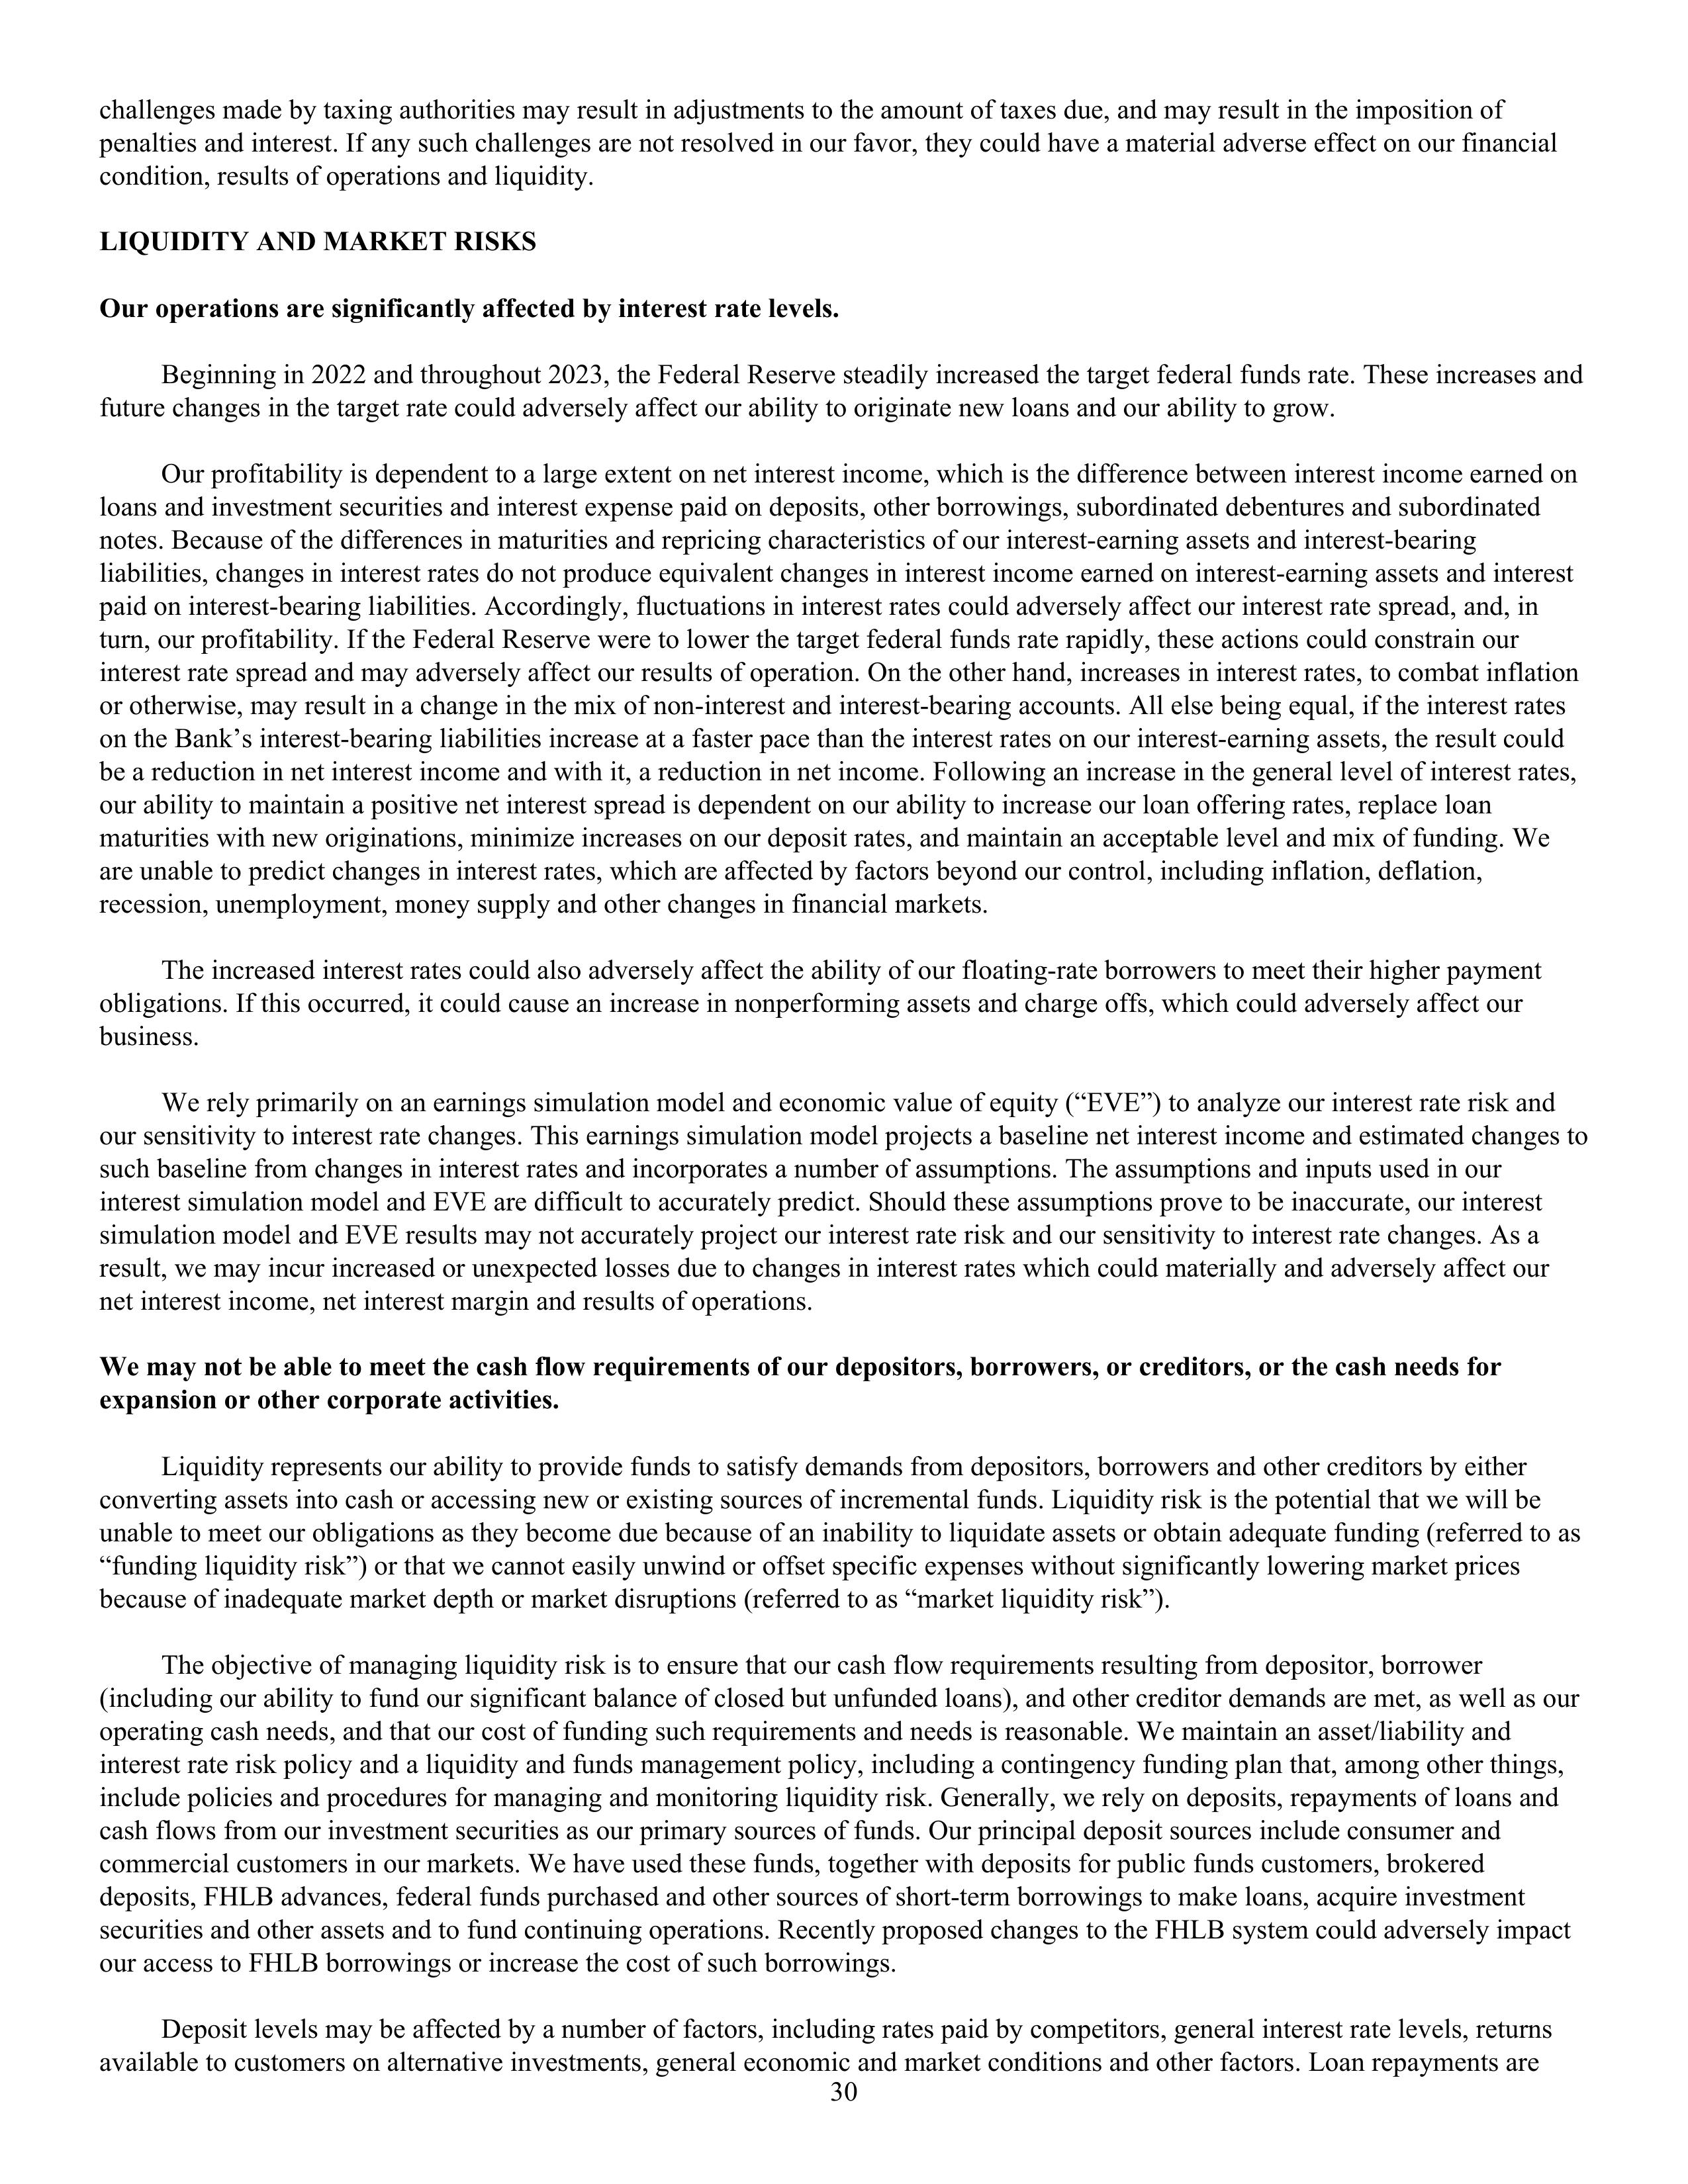
challenges made by taxing authorities may result in adjustments to the amount of taxes due, and may result in the imposition of
penalties and interest. If any such challenges are not resolved in our favor, they could have a material adverse effect on our financial
condition, results of operations and liquidity.

LIQUIDITY AND MARKET RISKS

Our operations are significantly affected by interest rate levels.

Beginning in 2022 and throughout 2023, the Federal Reserve steadily increased the target federal funds rate. These increases and
future changes in the target rate could adversely affect our ability to originate new loans and our ability to grow.

Our profitability is dependent to a large extent on net interest income, which is the difference between interest income earned on
loans and investment securities and interest expense paid on deposits, other borrowings, subordinated debentures and subordinated
notes. Because of the differences in maturities and repricing characteristics of our interest-earning assets and interest-bearing
liabilities, changes in interest rates do not produce equivalent changes in interest income earned on interest-earning assets and interest
paid on interest-bearing liabilities. Accordingly, fluctuations in interest rates could adversely affect our interest rate spread, and, in
turn, our profitability. If the Federal Reserve were to lower the target federal funds rate rapidly, these actions could constrain our
interest rate spread and may adversely affect our results of operation. On the other hand, increases in interest rates, to combat inflation
or otherwise, may result in a change in the mix of non-interest and interest-bearing accounts. All else being equal, if the interest rates
on the Bank’s interest-bearing liabilities increase at a faster pace than the interest rates on our interest-earning assets, the result could
be a reduction in net interest income and with it, a reduction in net income. Following an increase in the general level of interest rates,
our ability to maintain a positive net interest spread is dependent on our ability to increase our loan offering rates, replace loan
maturities with new originations, minimize increases on our deposit rates, and maintain an acceptable level and mix of funding. We
are unable to predict changes in interest rates, which are affected by factors beyond our control, including inflation, deflation,
recession, unemployment, money supply and other changes in financial markets.

The increased interest rates could also adversely affect the ability of our floating-rate borrowers to meet their higher payment
obligations. If this occurred, it could cause an increase in nonperforming assets and charge offs, which could adversely affect our
business.

We rely primarily on an earnings simulation model and economic value of equity (“EVE”) to analyze our interest rate risk and
our sensitivity to interest rate changes. This earnings simulation model projects a baseline net interest income and estimated changes to
such baseline from changes in interest rates and incorporates a number of assumptions. The assumptions and inputs used in our
interest rate simulation model and EVE are difficult to accurately predict. Should these assumptions prove to be inaccurate, our interest
simulation model and EVE results may not accurately project our interest rate risk and our sensitivity to interest rate changes. As a
result, we may incur increased or unexpected losses due to changes in interest rates which could materially and adversely affect our
net interest income, net interest margin and results of operations.

We may not be able to meet the cash flow requirements of our depositors, borrowers, or creditors, or the cash needs for
expansion or other corporate activities.

Liquidity represents our ability to provide funds to satisfy demands from depositors, borrowers and other creditors by either
converting assets into cash or accessing new or existing sources of incremental funds. Liquidity risk is the potential that we will be
unable to meet our obligations as they become due because of an inability to liquidate assets or obtain adequate funding (referred to as
“funding liquidity risk”) or that we cannot easily unwind or offset specific exposures without significantly lowering market prices
because of inadequate market depth or market disruptions (referred to as “market liquidity risk”).

The objective of managing liquidity risk is to ensure that our cash flow requirements resulting from depositor, borrower
(including our ability to fund our significant balance of closed but unfunded loans), and other creditor demands are met, as well as our
operating cash needs, and that our cost of funding such requirements and needs is reasonable. We maintain an asset/liability and
interest rate risk policy and a liquidity and funds management policy, including a contingency funding plan that, among other things,
include policies and procedures for managing and monitoring liquidity risk. Generally, we rely on deposits, repayments of loans and
cash flows from our investment securities as our primary sources of funds. Our principal deposit sources include consumer and
commercial customers in our markets. We have used these funds, together with deposits for public funds customers, brokered
deposits, FHLB advances, federal funds purchased and other sources of short-term borrowings to make loans, acquire investment
securities and other assets and to fund continuing operations. Recently proposed changes to the FHLB system could adversely impact
our access to FHLB borrowings or increase the cost of such borrowings.

Deposit levels may be affected by a number of factors, including rates paid by competitors, general interest rate levels, returns
available to customers on alternative investments, general economic and market conditions and other factors. Loan repayments are

30